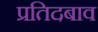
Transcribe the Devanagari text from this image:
प्रतिदबाव